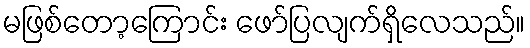
မဖြစ်တော့ကြောင်း ဖော်ပြလျက်ရှိလေသည်။